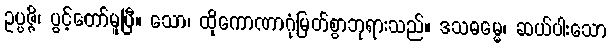
ဥပ္ပဇ္ဇိ၊ ပွင့်တော်မူပြီ။ သော၊ ထိုကောဏာဂုံမြတ်စွာဘုရားသည်။ ဒသဓမ္မေ၊ ဆယ်ပါးသော